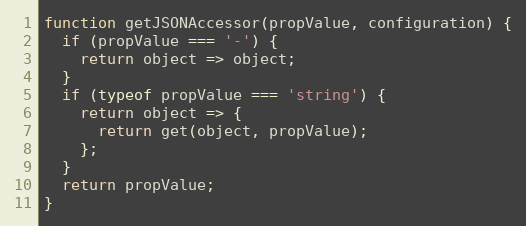
Language: JavaScript
function getJSONAccessor(propValue, configuration) {
  if (propValue === '-') {
    return object => object;
  }
  if (typeof propValue === 'string') {
    return object => {
      return get(object, propValue);
    };
  }
  return propValue;
}